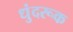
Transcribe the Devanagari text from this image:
धुंदरूक